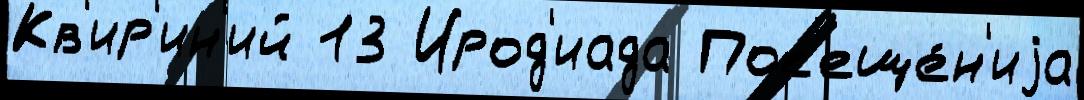
Кв'ир'ин'ий 13 Ирод'иада Пос'еще́н'иjа